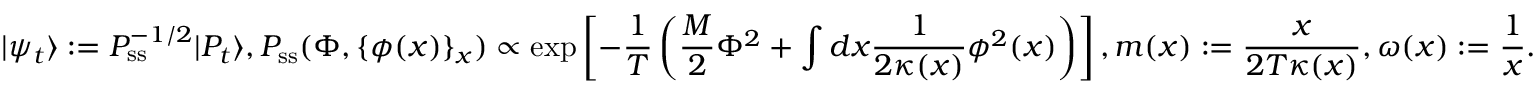
| \psi _ { t } \rangle : = P _ { \mathrm { s s } } ^ { - 1 / 2 } | P _ { t } \rangle , P _ { \mathrm { s s } } ( \Phi , \{ \phi ( x ) \} _ { x } ) \propto \exp \left[ - \frac { 1 } { T } \left( \frac { M } { 2 } \Phi ^ { 2 } + \int d x \frac { 1 } { 2 \kappa ( x ) } \phi ^ { 2 } ( x ) \right) \right] , m ( x ) : = \frac { x } { 2 T \kappa ( x ) } , \omega ( x ) : = \frac { 1 } { x } .